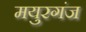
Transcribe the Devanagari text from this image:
मयुरगंज